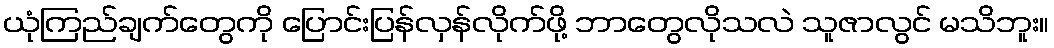
ယုံကြည်ချက်တွေကို ပြောင်းပြန်လှန်လိုက်ဖို့ ဘာတွေလိုသလဲ သူဇာလွင် မသိဘူး။